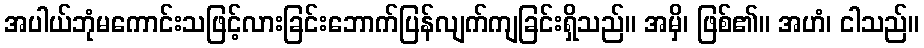
အပါယ်ဘုံမကောင်းသဖြင့်လားခြင်းဘောက်ပြန်လျက်ကျခြင်းရှိသည်။ အမှိ၊ ဖြစ်၏။ အဟံ၊ ငါသည်။